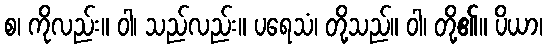
စ၊ ကိုလည်း။ ဝါ၊ သည်လည်း။ ပရေသံ၊ တို့သည်။ ဝါ၊ တို့၏။ ပိယာ၊